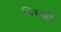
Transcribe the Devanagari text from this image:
जिराफों